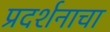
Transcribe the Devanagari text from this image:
प्रदर्शनाचा